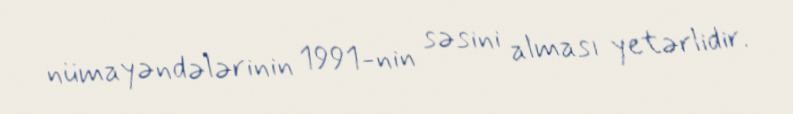
nümayəndələrinin 1991-nin səsini alması yetərlidir.